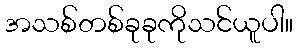
အသစ်တစ်ခုခုကိုသင်ယူပါ။